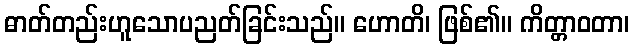
ဓာတ်တည်းဟူသောပညတ်ခြင်းသည်။ ဟောတိ၊ ဖြစ်၏။ ကိတ္တာဝတာ၊